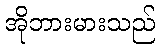
အိုဘားမားသည်